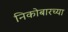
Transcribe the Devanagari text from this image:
निकोबारच्या